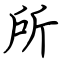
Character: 所